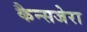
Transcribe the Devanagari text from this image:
कैन्सजेरा